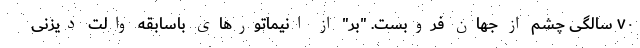
۷۰ سالگی چشم از جهان فروبست. "بر" از انیماتورهای باسابقه والت دیزنی